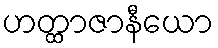
ဟတ္ထာဇာနီယော